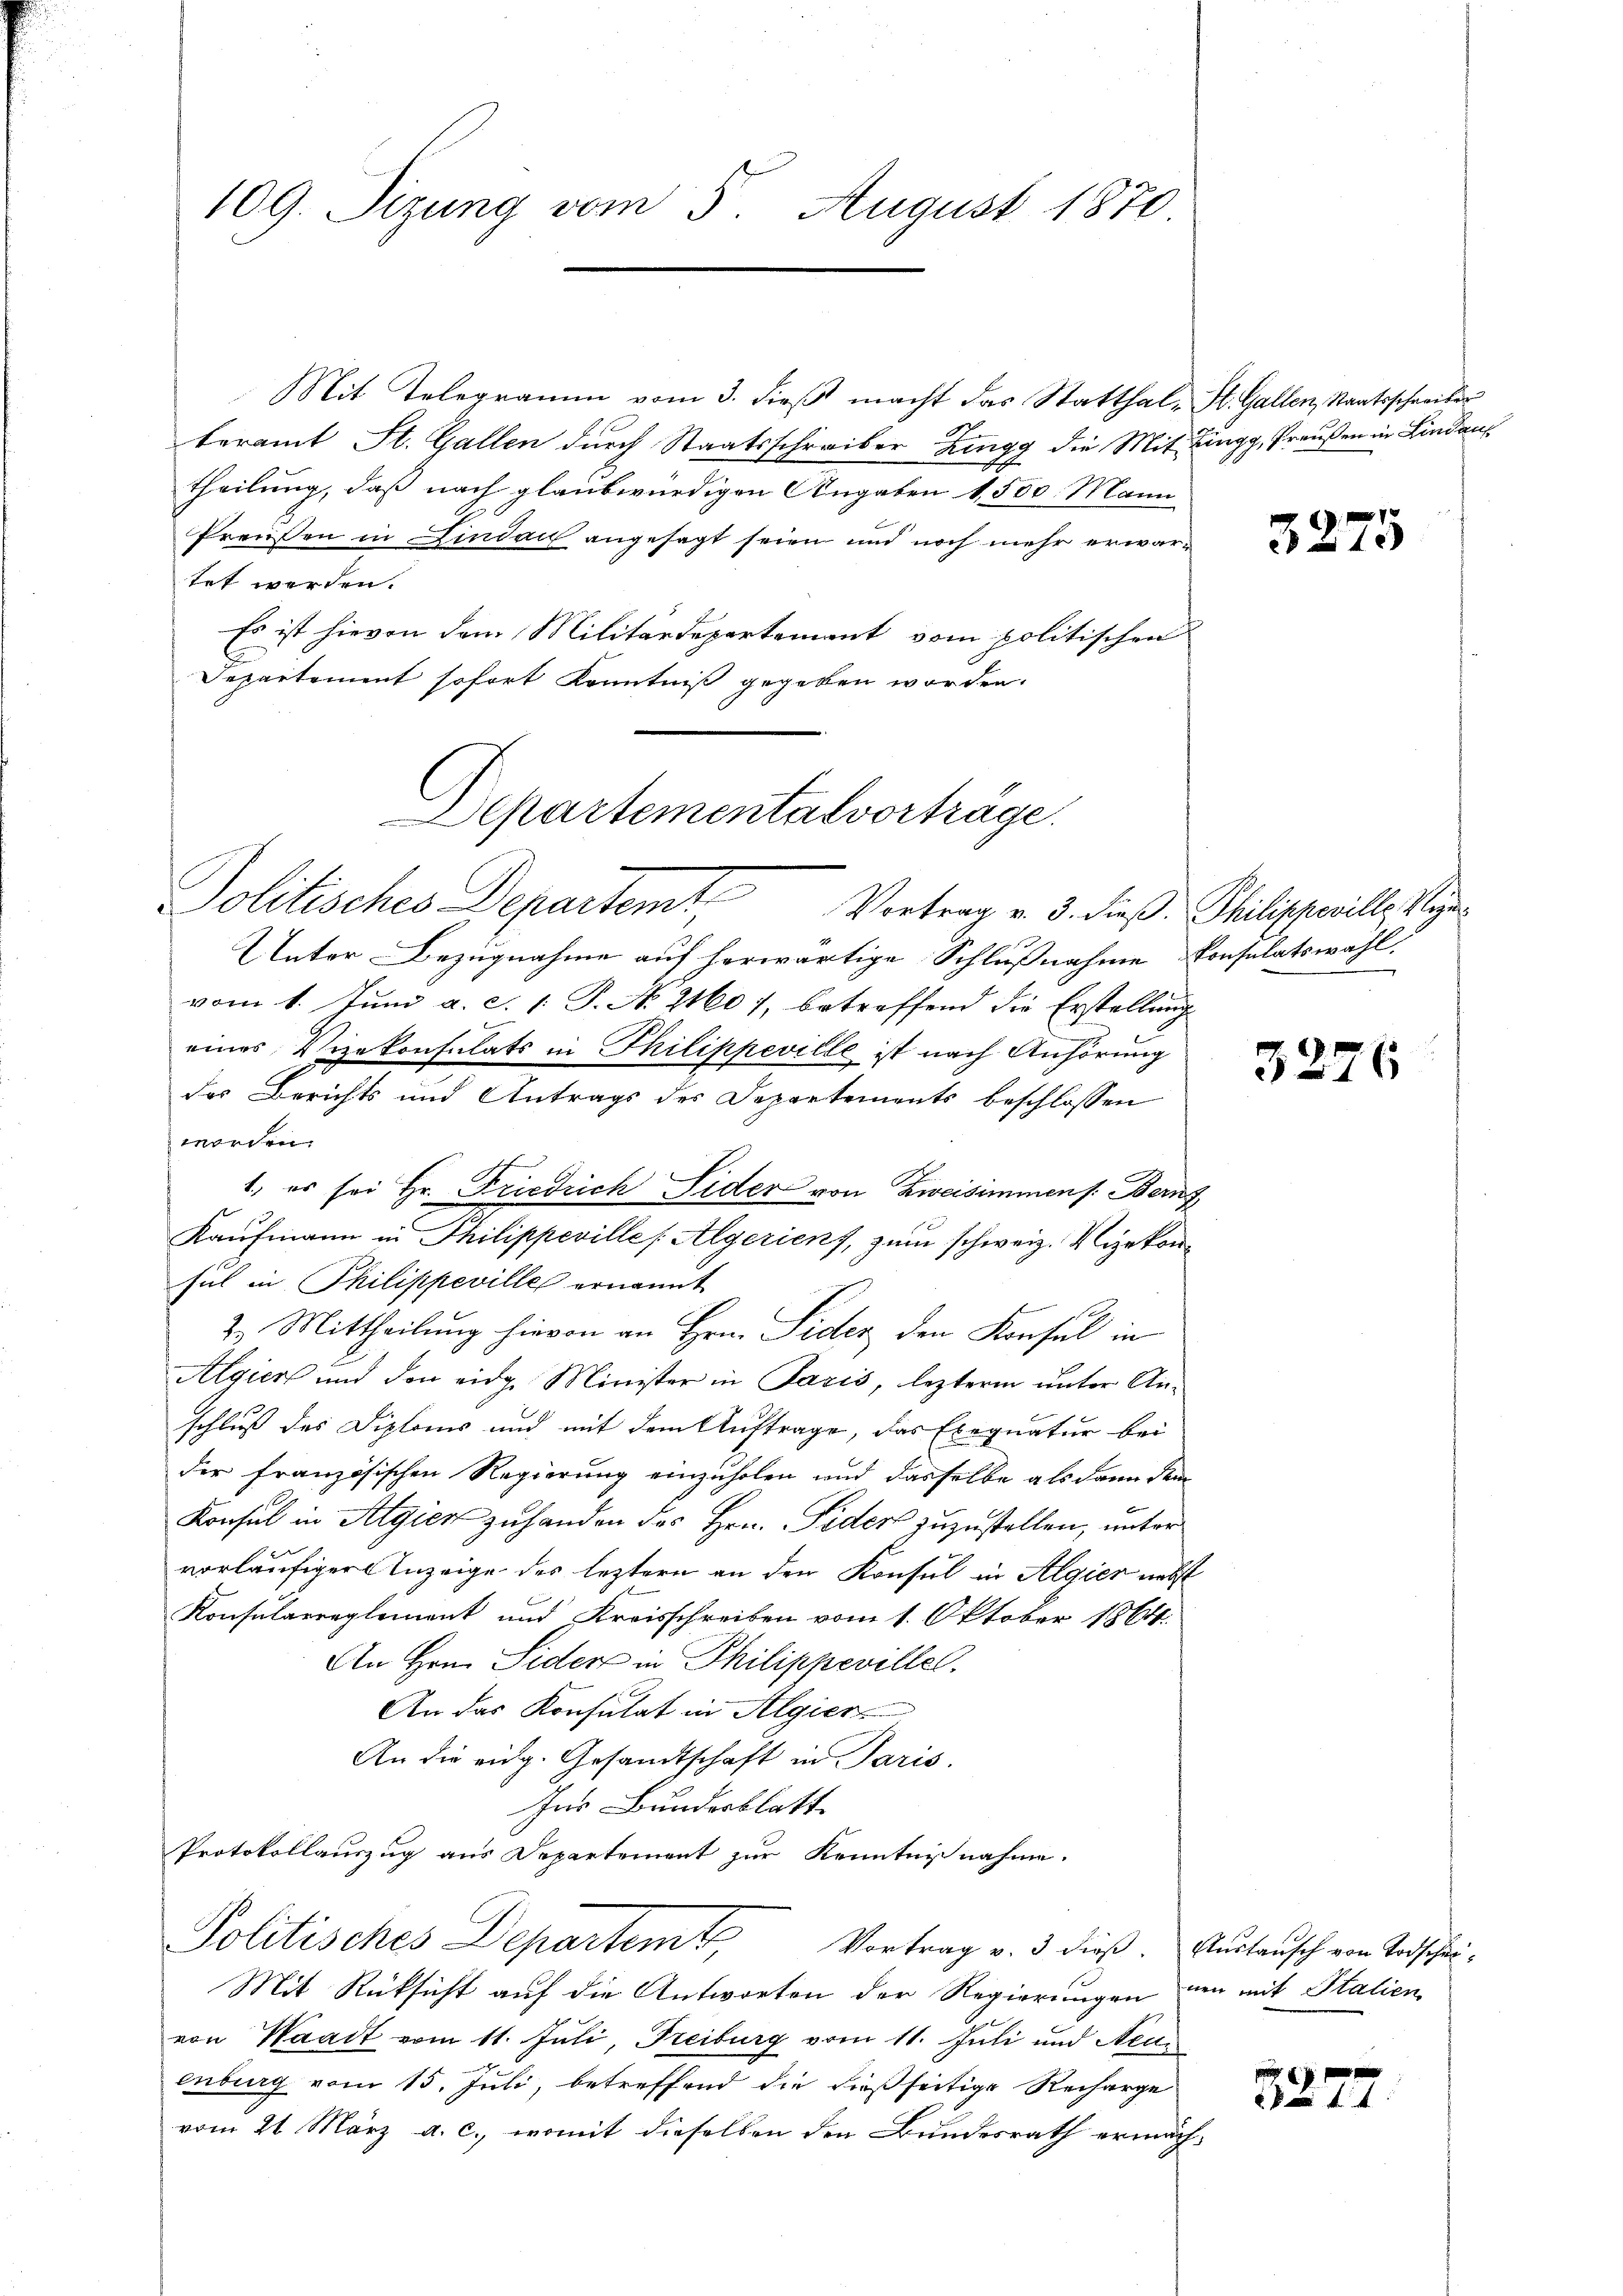
109. Sizung vom 5 August 1870

Mit Telegramm vom 3. dieβ macht das Statthal- St. Gallen, Staatsschreiber
beramt St. Gallen durch Staatsschreiber Zingg die Mit Zingg, Preußen in Lindau
theilung, daß nach glaubwürdigen Angaben 1500. Mann
Preußen in Lindau angesagt seien und noch mehr erwartet werden.
Es ist hievon dem Militärdepartement vom politischen
Departement sofort Kenntniß gegeben worden.
Politisches Departemt Vortrag v. 3. dieß. Philippewill, sagen
Unter Bezugnahme auf herwärtige Schlußnahme Consulatswahl.
vom 1. Juni a. c. 1. P. No. 21601, betreffend die Erstellung
eines Vizekonsulats in Thilippeville ist nach Anhörung
des Berichts und Antrags der Departements beschlossen
worden.
1, es sei Hr. Friedrich Sider von Zweisimmen s. Bern
Kaufmann in Philippeville (Algerient, zum schweiz. Vizekonsul in Philippevilles ernannt
2. Mittheilung hievon an Hrn. Sider den Konsul in
Algien und den eidg. Minister in Paris, lezterm unter Anschluß des Diploms und mit dem Auftrage, das Exequatur bei
der französischen Regierung einzuholen und dasselbe als dann dem
Konsul in Algien zuhanden des Hrn. Peder zuzustellen, unter
vorläufiger Anzeige des leztern an den Konsul in Algien nebst
Konsularreglement und Kreisschreiben vom 1. Oktober 1864.
An Hrn. Sider in Philippevillel.
An das Konsulat in Algiert
An die eidg. Gesandtschaft in Paris.
Ins Bundesblatt
Protokollauszug aus Departement zur Kenntnisnahme.
Politisches Departemt Vortrag v. 3. dieß. Auslausch von Todschei
Mit Rücksicht auf die Antworten der Regierungen neu mit Italien
von Waadt vom 11. Juli, Freiburg vom 11. Juli und Aeu
enburg vom 15. Juli, betreffend die dießseitige Recharge
vom 21. März a. c., womit dieselben den Bundesrath ermäch¬

epartementalvorträge.

3275

3276

1f xx